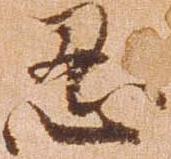
忍